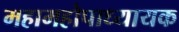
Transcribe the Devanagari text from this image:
महामहोपाध्यायक